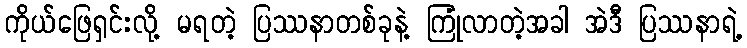
ကိုယ်ဖြေရှင်းလို့ မရတဲ့ ပြဿနာတစ်ခုနဲ့ ကြုံလာတဲ့အခါ အဲဒီ ပြဿနာရဲ့